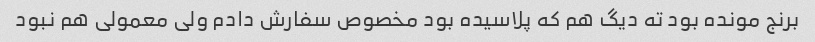
برنج مونده بود ته دیگ هم که پلاسیده بود مخصوص سفارش دادم ولی معمولی هم نبود